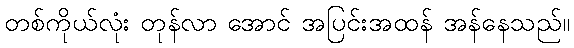
တစ်ကိုယ်လုံး တုန်လာ အောင် အပြင်းအထန် အန်နေသည်။